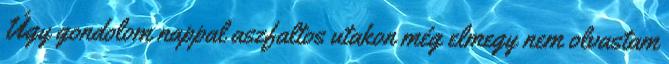
Úgy gondolom nappal aszfaltos utakon még elmegy nem olvastam